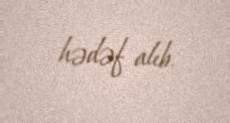
hədəf alıb.